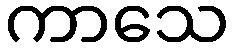
ကာသေ